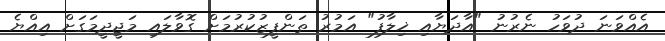
އެއްވަނަ ދުވަހު ނެރުނު "އާދަޔާއި ޚިލާފު" އަމުރު ތަންފީޒުކުރުމަށް ގޮވާލައި މަޖީދީމަގަށް އިއްޔެ